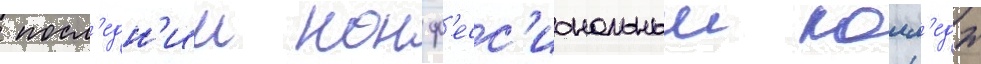
 посл'едн'ии конф'есс'иональныи колл'едж